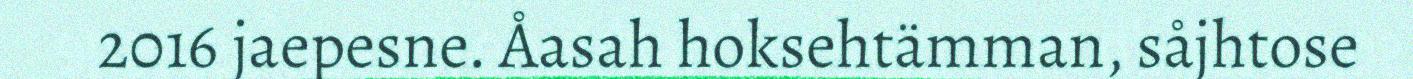
2016 jaepesne. Åasah hoksehtämman, såjhtose